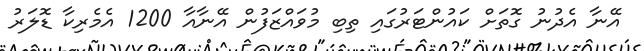
އޭނާ އެދުނު ގޮތަށް ކައުންޓަރުގައި ތިބި މުވައްޒަފުން އޭނާއާ 1200 އެމެރިކާ ޑޮލަރު